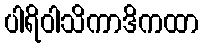
ပါရိဝါသိကာဒိကထာ